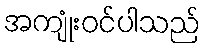
အကျုံးဝင်ပါသည်